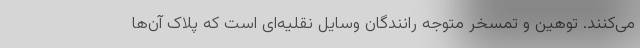
می‌کنند. توهین و تمسخر متوجه رانندگان وسایل نقلیه‌ای است که پلاک آن‌ها